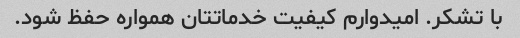
با تشکر. امیدوارم کیفیت خدماتتان همواره حفظ شود.